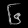
Digit: ၆